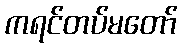
ကရင်တပ်မတော်